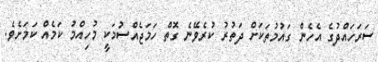
ސަރަހައްދުގެ އެހެން ގައުމުތަކަށް ދަތުރު ކުރެވޭނެ ގޮތް ހަމަޖެއްސުމަކީ މުހިއްމު ކަމެއް ކަމަށެވެ.